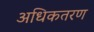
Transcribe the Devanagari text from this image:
अधिकतरण